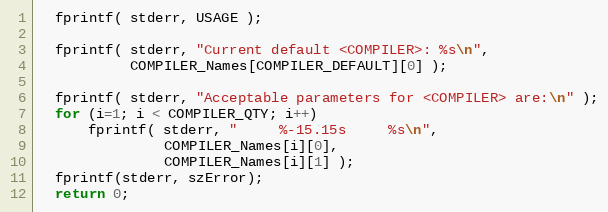
Language: C
  fprintf( stderr, USAGE );

  fprintf( stderr, "Current default <COMPILER>: %s\n",
		   COMPILER_Names[COMPILER_DEFAULT][0] );

  fprintf( stderr, "Acceptable parameters for <COMPILER> are:\n" );
  for (i=1; i < COMPILER_QTY; i++)
      fprintf( stderr, "     %-15.15s     %s\n",
		       COMPILER_Names[i][0],
		       COMPILER_Names[i][1] );
  fprintf(stderr, szError);
  return 0;